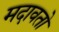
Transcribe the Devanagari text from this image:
मदावतो